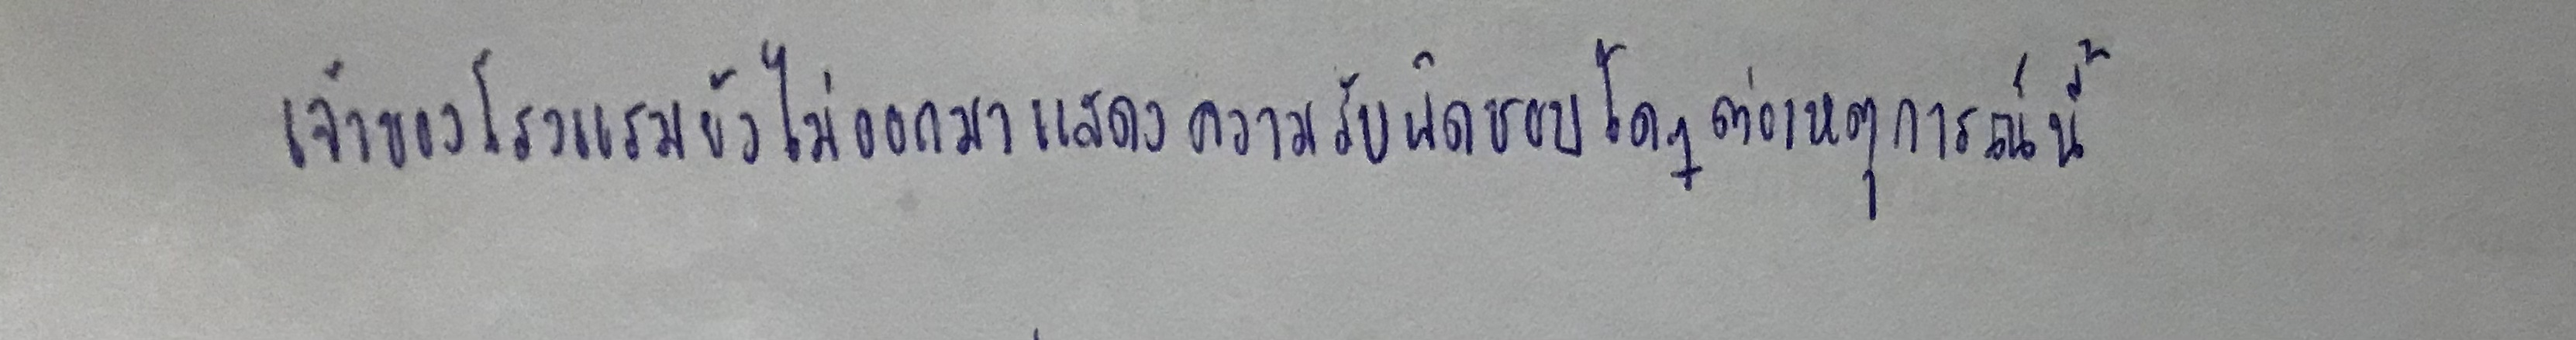
เจ้าของโรงแรมยังไม่ออกมาแสดงความรับผิดชอบใดๆต่อเหตุการณ์นี้